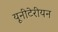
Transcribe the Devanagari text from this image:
यूनीटेरीयन